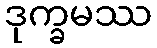
ဒုက္ခမဿ